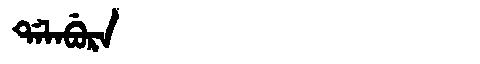
Manchu: ᡩᠠᠯᠠᠪᡠᡵᠠ
Romanization: DALABURA